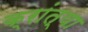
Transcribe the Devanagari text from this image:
क्रांत्या